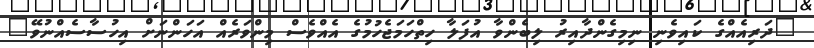
"ދަރިއެއްގެ ކައިވެނި ނިމިގެންދާއިރު ލިބެންވާ އުފަލާ ހިތްހަމަޖެހުމުގެ އެއްވެސް މިންވަރެއް އަހަންނަށް އިހުސާސެއްނުވޭ"